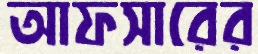
আফসারের